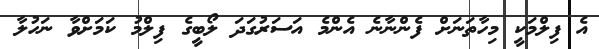
އެ ފިލްމަކީ މިހާތަނަށް ފެންނާނެ އެންމެ އަސަރުގަދަ ލޯބީގެ ފިލްމު ކަމަށްވާ ނަހުލާ